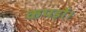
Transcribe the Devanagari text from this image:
कपड़ों।